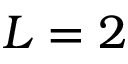
L = 2